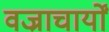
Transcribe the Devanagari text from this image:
वज्राचार्यों